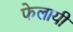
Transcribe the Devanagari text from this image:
फेलायी